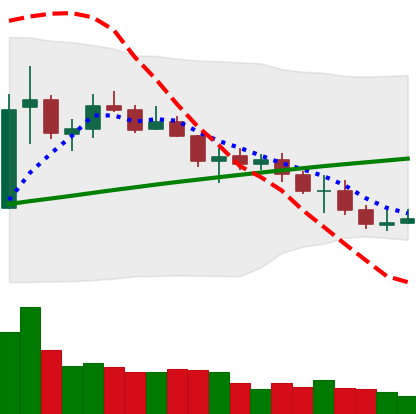
Ticker: ETC-USD
Chart end date: 2021-07-18
Forward return: 9.045%
Label: up_7plus